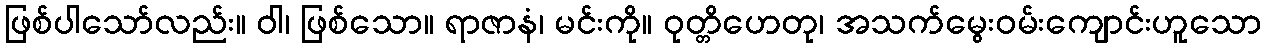
ဖြစ်ပါသော်လည်း။ ဝါ၊ ဖြစ်သော။ ရာဇာနံ၊ မင်းကို။ ဝုတ္တိဟေတု၊ အသက်မွေးဝမ်းကျောင်းဟူသော